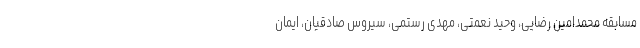
مسابقه محمدامین رضایی، وحید نعمتی، مهدی رستمی، سیروس صادقیان، ‌ایمان